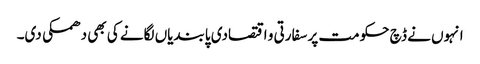
انہوں نے ڈچ حکومت پر سفارتی و اقتصادی پابندیاں لگانے کی بھی دھمکی دی۔